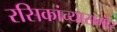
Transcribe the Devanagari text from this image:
रसिकांच्यासमोर